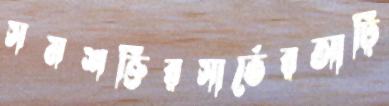
সমশক্তিরসার্ভেরআঢ়ি